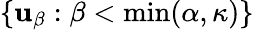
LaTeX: \lbrace\mathbf{u}_{\beta}:\beta<\operatorname*{min}(\alpha,\kappa)\rbrace